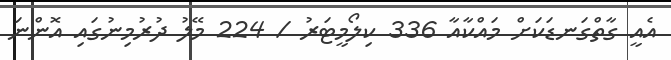
އެއީ ގާތްގަނޑަކަށް މައްކާއާ 336 ކިލޯމީޓަރު / 224 މޭލު ދުރުމިނުގައި އޮންނަ